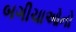
બગીચાઓનો